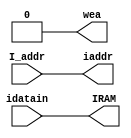
`timescale 1ns / 1ps
//////////////////////////////////////////////////////////////////////////////////
// Company: 
// Engineer: 
// 
// Design Name: 
// Module Name:    IRAM_Controller 
// Project Name: 
// Target Devices: 
// Tool versions: 
// Description: 
//
// Dependencies: 
//
// Revision: 
// Revision 0.01 - File Created
// Additional Comments: 
//
//////////////////////////////////////////////////////////////////////////////////
module IRAM_Controller(
		input [7:0] I_addr,
		output [15:0] IRAM,
		
		output wea,
		output [7:0] iaddr,
		input [15:0] idatain
    );
	
	reg wea_val = 0;
	assign wea = wea_val;
	assign iaddr = I_addr;
	assign IRAM = idatain;
endmodule